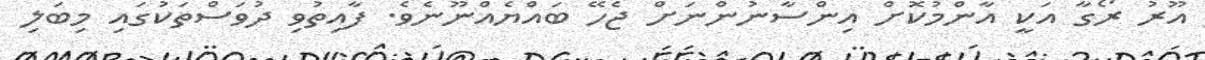
އޫރު ރޯގާ އަކީ އާންމުކޮށް އިންސާނުންނަށް ޖެހޭ ބައްޔެއްނޫނެވެ. ފާއިތުވި ދުވަސްތަކުގައި މިބަލި